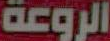
الروعة